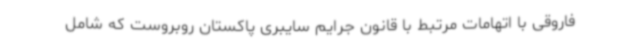
فاروقی با اتهامات مرتبط با قانون جرایم سایبری پاکستان روبروست که شامل